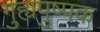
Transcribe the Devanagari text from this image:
गुह्यपुष्पक